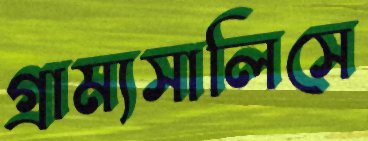
গ্রাম্যসালিসে